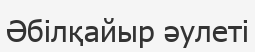
Әбілқайыр әулеті